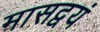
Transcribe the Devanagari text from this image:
मासद्वयं